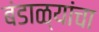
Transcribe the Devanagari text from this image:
बंडाळ्यांचा